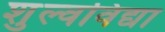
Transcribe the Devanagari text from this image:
शुल्वविद्या